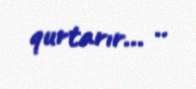
qurtarır... ..